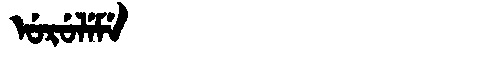
Manchu: ᡠᡵᡠᠯᡝᠮᡝ
Romanization: URULEME